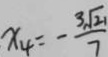
x _ { 4 } = - \frac { 3 \sqrt { 2 1 } } { 7 }